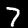
Label: 7